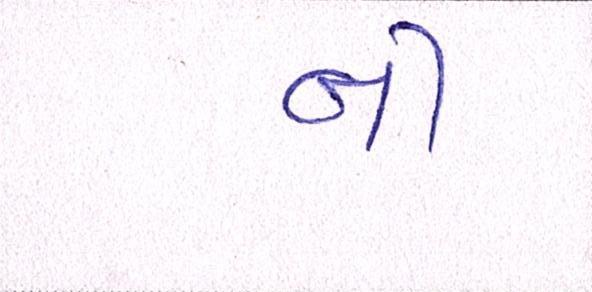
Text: નીં